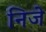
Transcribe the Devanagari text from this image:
निजे